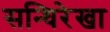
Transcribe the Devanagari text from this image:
सन्धिरेखा